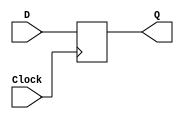
module posedgeflipflop(D, Clock, Q);
	input D, Clock;
	output reg Q;
	
	always @(posedge Clock)
		Q = D;
		
endmodule